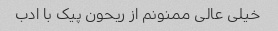
خیلی عالی ممنونم از ریحون پیک با ادب